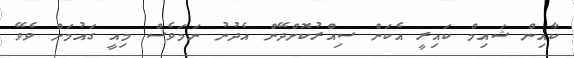
ކާއިން ޝައިމް ކައިރީ އެކަން ސިއްރުކޮށްދޭން އެދުނު ނަމަވެސް މިއީ ގައުމަށް ވެވޭ